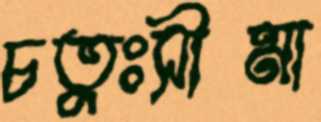
চতুঃসীমা